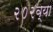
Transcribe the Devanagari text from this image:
२०२व्या